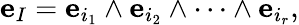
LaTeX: {\mathbf e}_{I}={\mathbf e}_{i_{1}}\wedge{\mathbf e}_{i_{2}}\wedge\dots\wedge{\mathbf e}_{i_{r}},